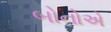
બોનોએ